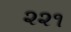
૨૨૧